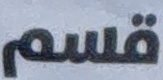
قسم